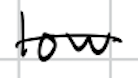
Text: low
Cross-out: single-line
Writing tool: digital_black